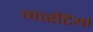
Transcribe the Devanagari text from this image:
गारंटियां